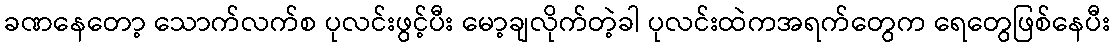
ခဏနေတော့ သောက်လက်စ ပုလင်းဖွင့်ပီး မော့ချလိုက်တဲ့ခါ ပုလင်းထဲကအရက်တွေက ရေတွေဖြစ်နေပီး